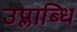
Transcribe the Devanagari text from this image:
उप्लाब्धि